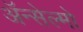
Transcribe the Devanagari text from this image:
ॲन्सेल्मो